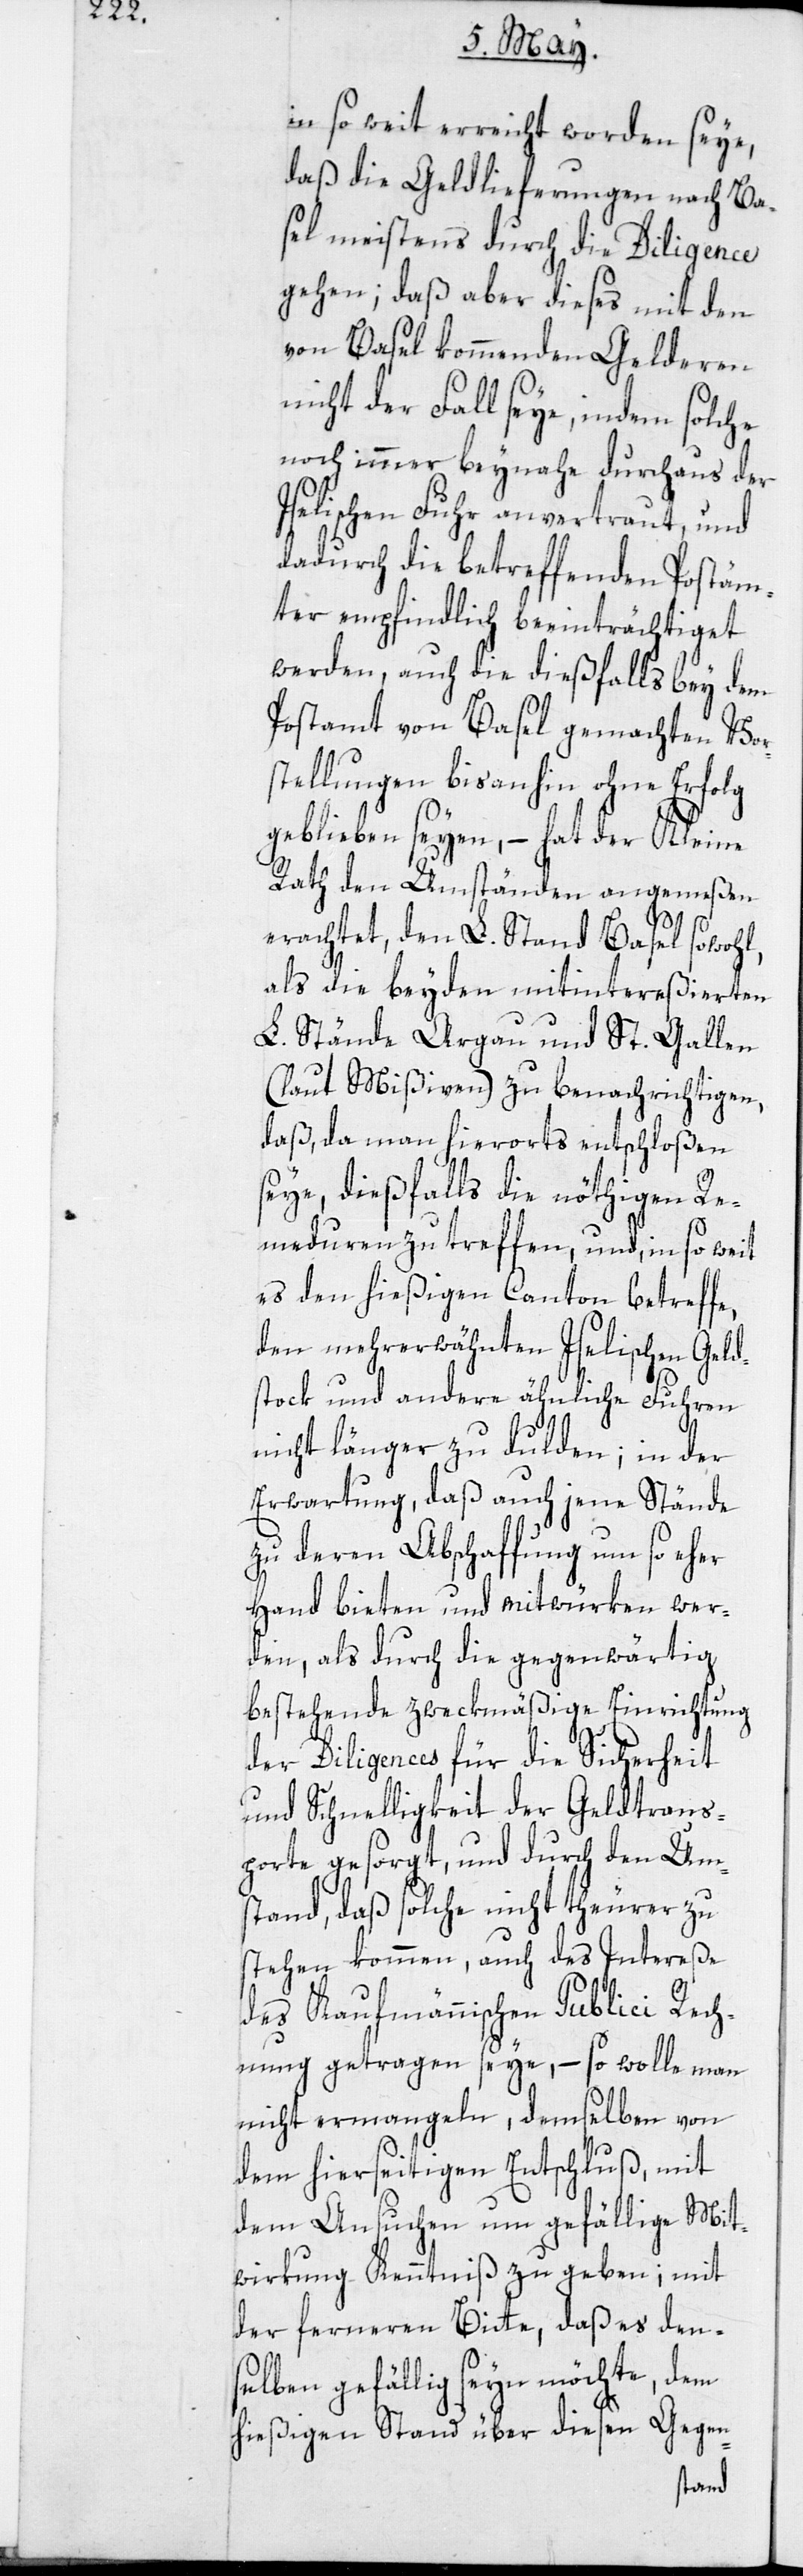
in so weit erreicht worden seye,
daß die Geldlieferungen nach Ba¬
sel meistens durch die Diligence
gehen; daß aber dieses mit den
von Basel kommenden Gelderen
nicht der Fall seye, indem solche
noch immer beynahe durchaus der
Iselischen Fuhr anvertraut, und
dadurch die betreffenden Postäm¬
ter empfindlich beeinträchtiget
werden, auch die dießfalls bey dem
Postamt von Basel gemachten Vor¬
stellungen bisanhin ohne Erfolg
geblieben seyen, – hat der Kleine
Rath den Umständen angemeßen
erachtet, den L. Stand Basel sowohl,
als die beyden mitintereßierten
L. Stände Argau und St. Gallen
(laut Mißiven) zu benachrichtigen,
daß, da man hierorts entschloßen
seye, dießfalls die nöthigen Re¬
meduren zu treffen, und, in so weit
es den hießigen Canton betreffe,
den mehrerwähnten Iselischen Geld¬
stock und andere ähnliche Fuhren
nicht länger zu dulden; in der
Erwartung, daß auch jene Stände,
zu deren Abschaffung um so eher
Hand bieten und mitwürken wer¬
den, als durch die gegenwärtig
bestehende zweckmäßige Einrichtung
der Diligences für die Sicherheit
und Schnelligkeit der Geldtrans¬
porte gesorgt, und durch den Um¬
stand, daß solche nicht theurer zu
stehen kommen, auch das Intereße
des Kaufmännischen Publici Rech¬
nung getragen seye, – so wolle man
nicht ermangeln, demselben von
dem hierseitigen Entschluß, mit
dem Ansuchen um gefällige Mit¬
wirkung Kenntniß zu geben; mit
der ferneren Bitte, daß es den¬
selben gefällig seyn möchte, dem
hießigen Stand über diesen Gegen-